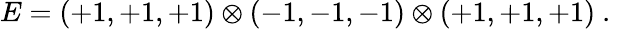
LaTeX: E=(+1,+1,+1)\otimes(-1,-1,-1)\otimes(+1,+1,+1)~.~\,